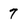
Character: 7